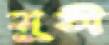
মুতী